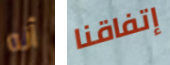
أنه إتفاقنا